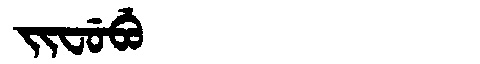
Manchu: ᠵᡳᠸᡠᠪᡠ
Romanization: JIFUBU